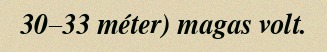
30–33 méter) magas volt.